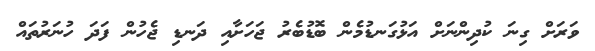
ވަރަށް ގިނަ ކުދިންނަށް އަޅުގަނޑުމެން ބޮޑުބެރު ޖަހަށާއި ދަނޑި ޖެހުން ފަދަ ހުނަރުތައް